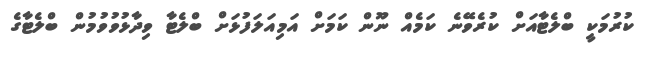
ކުރުމަކީ ބްލެޓާއަށް ކުރެވޭނެ ކަމެއް ނޫން ކަމަށް އަމިއަލަފުޅަށް ބްލެޓާ ވިދާޅުވުވުމުން ބްލެޓާގެ